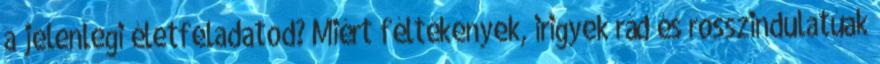
a jelenlegi életfeladatod? Miért féltékenyek, irigyek rád és rosszindulatúak